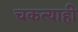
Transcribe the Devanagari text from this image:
चकत्याही